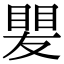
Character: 𥈫